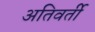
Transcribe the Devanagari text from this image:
अतिवर्ती